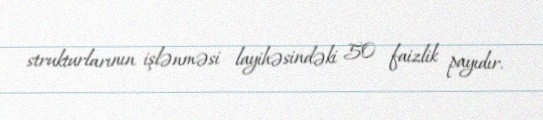
strukturlarının işlənməsi layihəsindəki 50 faizlik payıdır.